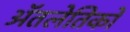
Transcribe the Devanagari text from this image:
ॲतलेतिको